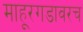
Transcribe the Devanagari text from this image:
माहूरगडावरच